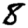
Digit: 8